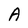
Character: A